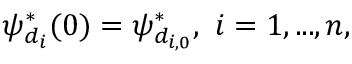
\psi _ { d _ { i } } ^ { * } ( 0 ) = \psi _ { d _ { i , 0 } } ^ { * } , \ i = 1 , . . . , n ,